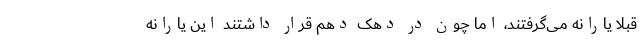
قبلاً یارانه می‌گرفتند، اما چون در دهک دهم قرار داشتند این یارانه